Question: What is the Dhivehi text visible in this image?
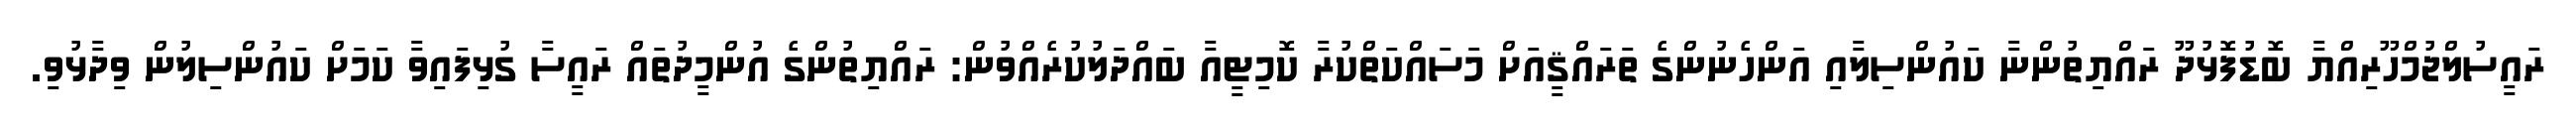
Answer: ރައީސުލްޖުމްހޫރިއްޔާ ބޮޑުފޮޅުދޫ ރައްޔިތުންނާ ކައުންސިލާއި އަންހެނުންގެ ތަރައްޤީއަށް މަސައްކަތްކުރާ ކޮމިޓީއާ ބައްދަލުކުރެއްވުން: ރައްޔިތުންގެ އުންމީދުތައް ރައީސާ ގުޅިފައިވާ ކަމަށް ކައުންސިލުން ވިދާޅުވި.